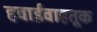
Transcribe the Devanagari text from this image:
हवाईवाहतूक